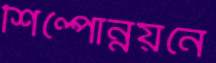
শিল্পোন্নয়নে